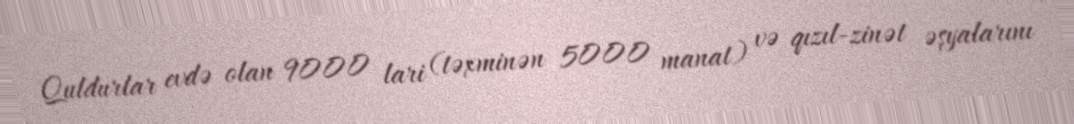
Quldurlar evdə olan 9000 lari (təxminən 5000 manat) və qızıl-zinət əşyalarını